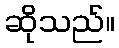
ဆိုသည်။